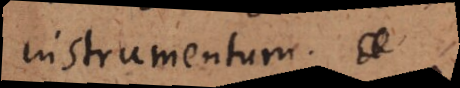
instrumentum.